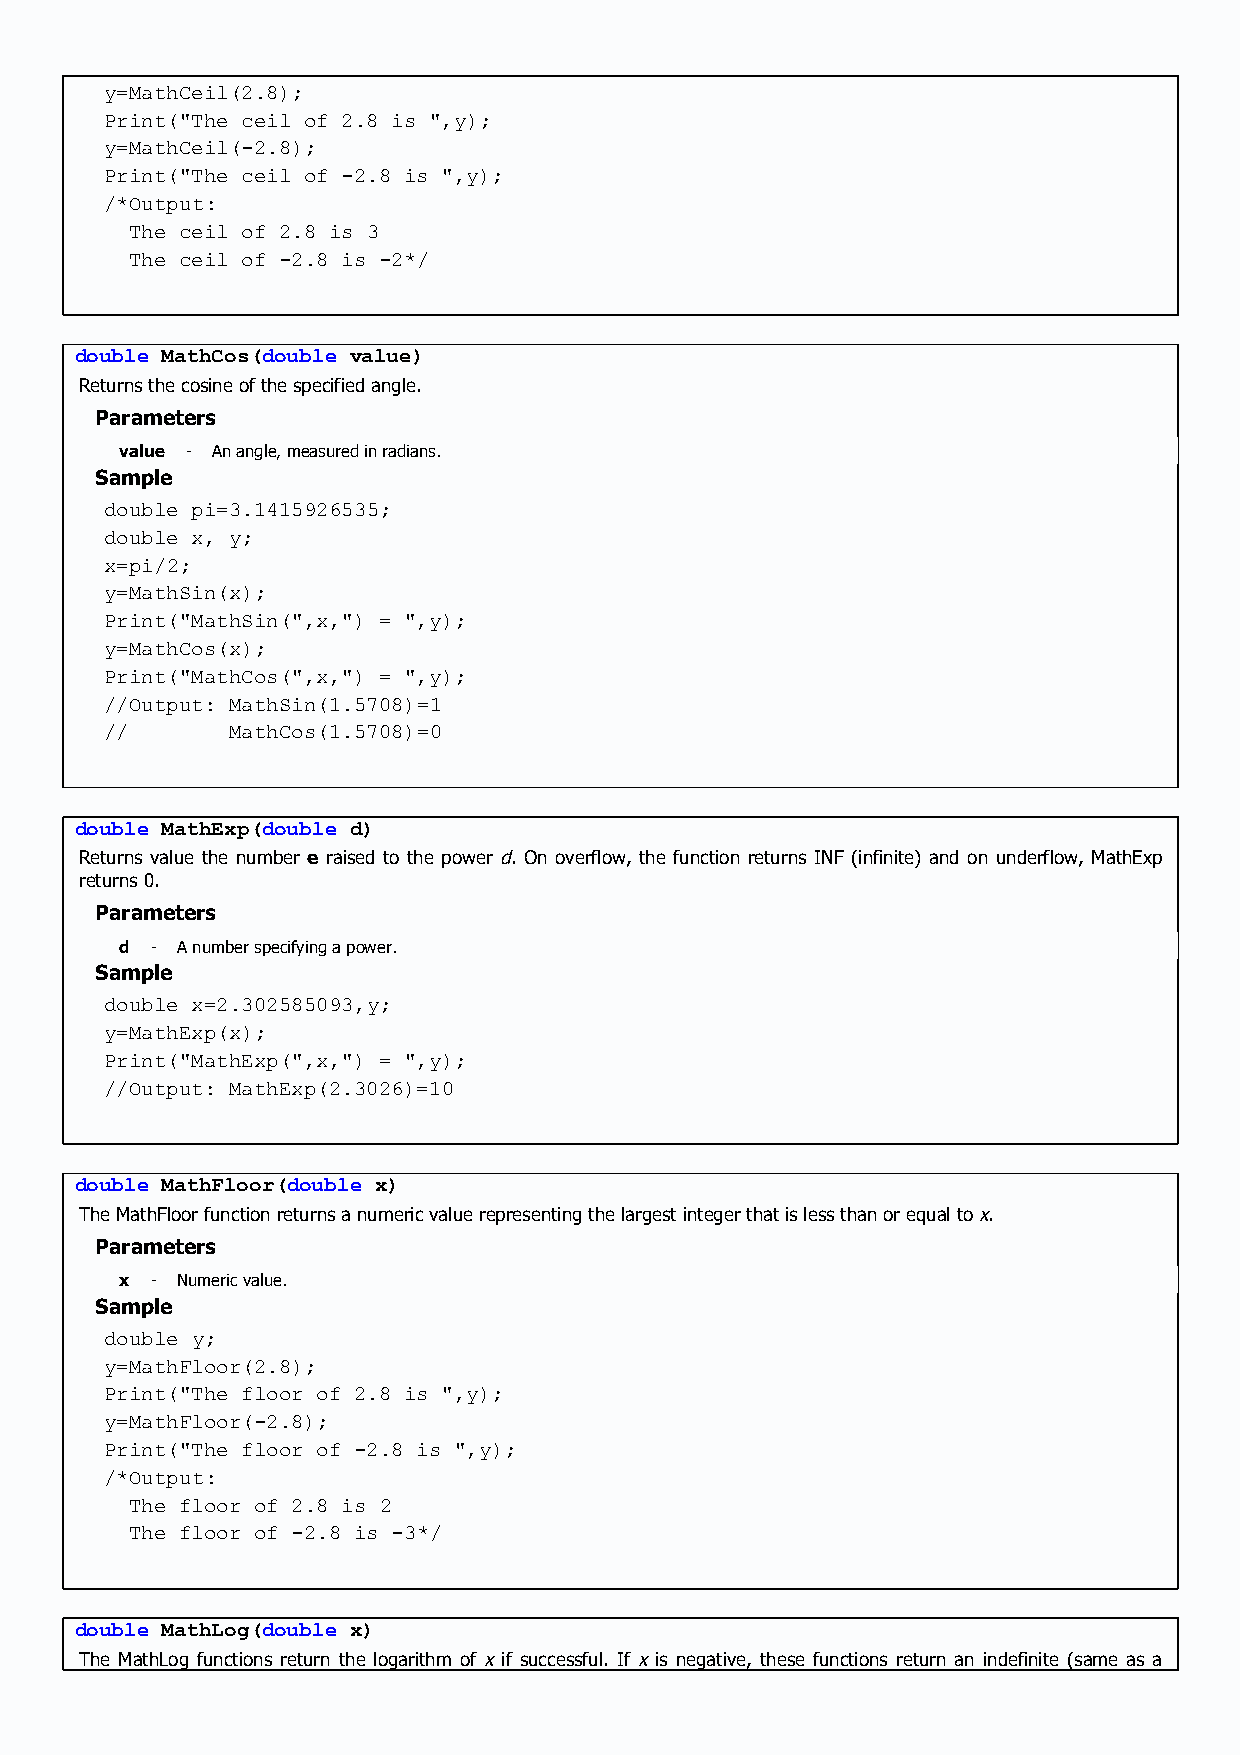
y=MathCeil(2.8);
 Print("The ceil of 2.8 is ",y);
 y=MathCeil(-2.8);
 Print("The ceil of -2.8 is ",y);
 /*Output:
 The ceil of 2.8 is 3
 The ceil of -2.8 is -2*/
 double MathCos(double value)
 Returns the cosine of the specified angle.
 Parameters
 value - An angle, measured in radians.
 Sample
 double pi=3.1415926535;
 double x, y;
 x=pi/2;
 y=MathSin(x);
 Print("MathSin(",x,") = ",y);
 y=MathCos(x);
 Print("MathCos(",x,") = ",y);
 //Output: MathSin(1.5708)=1
 //      MathCos(1.5708)=0
 double MathExp(double d)
 Returns value the number e raised to the power d. On overflow, the function returns INF (infinite) and on underflow, MathExp
 returns 0.
 Parameters
 d - A number specifying a power.
 Sample
 double x=2.302585093,y;
 y=MathExp(x);
 Print("MathExp(",x,") = ",y);
 //Output: MathExp(2.3026)=10
 double MathFloor(double x)
 The MathFloor function returns a numeric value representing the largest integer that is less than or equal to x.
 Parameters
 x - Numeric value.
 Sample
 double y;
 y=MathFloor(2.8);
 Print("The floor of 2.8 is ",y);
 y=MathFloor(-2.8);
 Print("The floor of -2.8 is ",y);
 /*Output:
 The floor of 2.8 is 2
 The floor of -2.8 is -3*/
 double MathLog(double x)
 The MathLog functions return the logarithm of x if successful. If x is negative, these functions return an indefinite (same as a